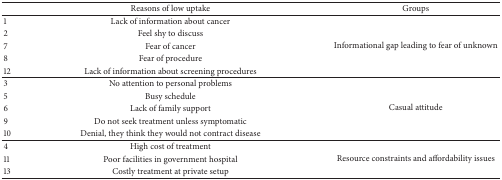
|  | Reasons of low uptake | Groups |
 | --- | --- | --- |
 | 1 | Lack of information about cancer | <ROWSPAN=5> Informational gap leading to fear of unknown |
 | 2 | Feel shy to discuss |
 | 7 | Fear of cancer |
 | 8 | Fear of procedure |
 | 12 | Lack of information about screening procedures |
 | 3 | No attention to personal problems | <ROWSPAN=5> Casual attitude |
 | 5 | Busy schedule |
 | 6 | Lack of family support |
 | 9 | Do not seek treatment unless symptomatic |
 | 10 | Denial, they think they would not contract disease |
 | 4 | High cost of treatment | <ROWSPAN=3> Resource constraints and affordability issues |
 | 11 | Poor facilities in government hospital |
 | 13 | Costly treatment at private setup |